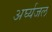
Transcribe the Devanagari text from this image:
अर्घ्यजल